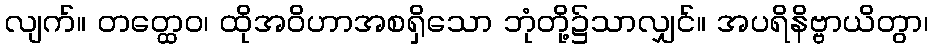
လျက်။ တတ္ထေဝ၊ ထိုအဝိဟာအစရှိသော ဘုံတို့၌သာလျှင်။ အပရိနိဗ္ဗာယိတွာ၊